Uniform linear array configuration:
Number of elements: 16
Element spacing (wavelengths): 0.5
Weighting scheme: hann
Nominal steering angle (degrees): -15
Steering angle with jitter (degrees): -15.71
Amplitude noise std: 0.05
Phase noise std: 0.05

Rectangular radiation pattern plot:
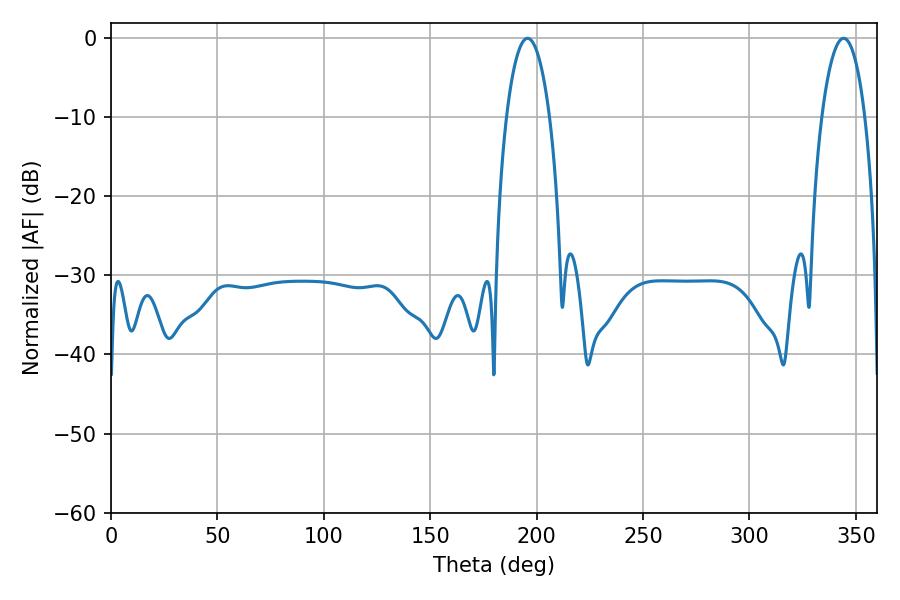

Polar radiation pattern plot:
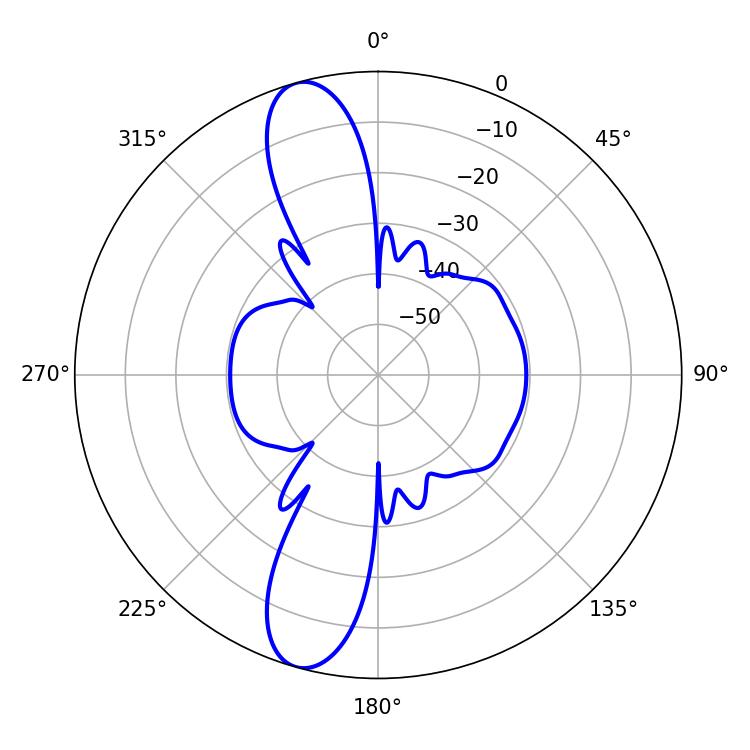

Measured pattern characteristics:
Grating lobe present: FALSE
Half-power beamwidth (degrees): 11.34
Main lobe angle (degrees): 195.66